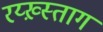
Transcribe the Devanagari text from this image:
रय्ख़्स्ताग